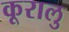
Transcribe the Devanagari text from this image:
कूरालु